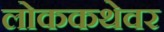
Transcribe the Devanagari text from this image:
लोककथेवर